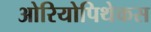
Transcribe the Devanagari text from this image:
ओरियोपिथेकस